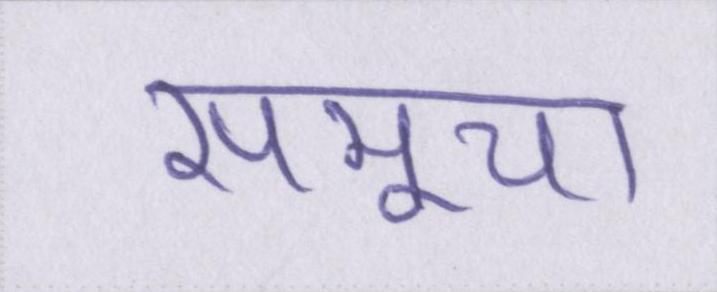
समूचा